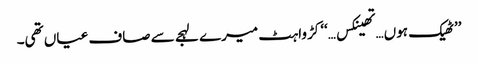
’’ٹھیک ہوں…تھینکس…‘‘ کڑواہٹ میرے لہجے سے صاف عیاں تھی۔